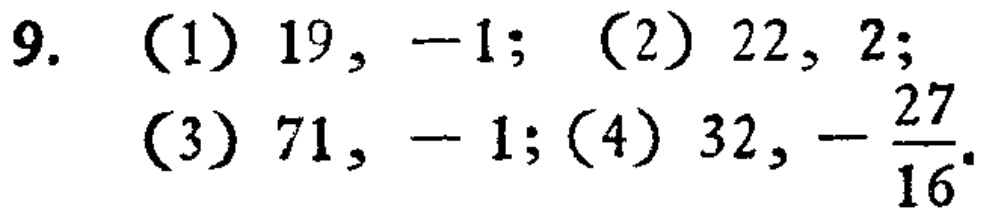
9. （1）$19, -1$; （2）$22, 2$;
（3）$71, -1$;（4）$32, -\frac{27}{16}$.